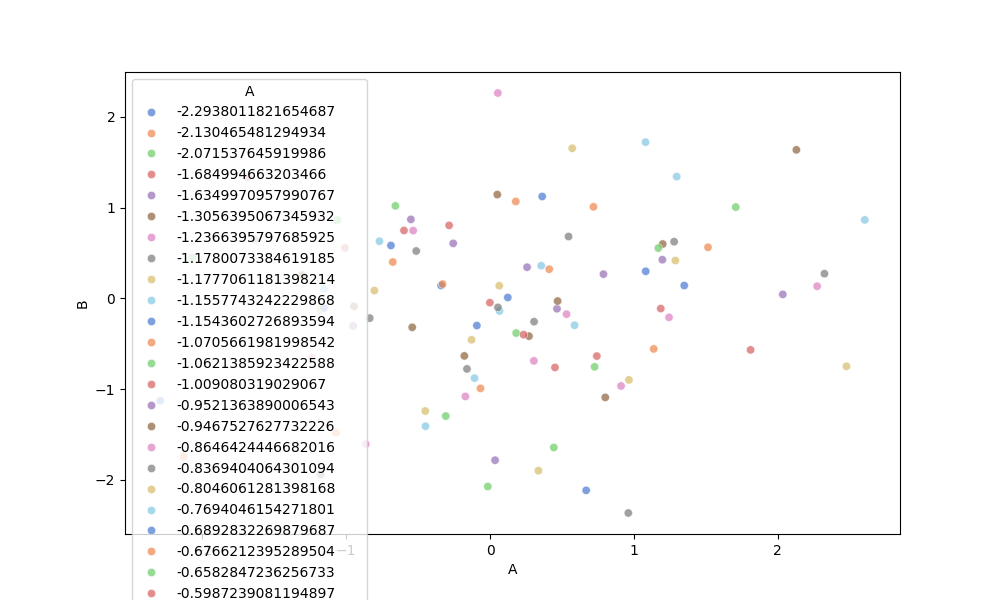
python, seaborn, scatterplot, hue='A', style='None', size='None', palette='muted', alpha=0.7